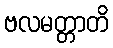
ဗလမတ္တာတိ